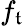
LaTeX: f_{\mathfrak{t}}